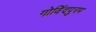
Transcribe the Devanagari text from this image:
गोविंदपुरम